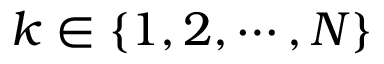
k \in \{ 1 , 2 , \cdots , N \}